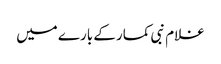
غلام نبی کمار کے بارے میں